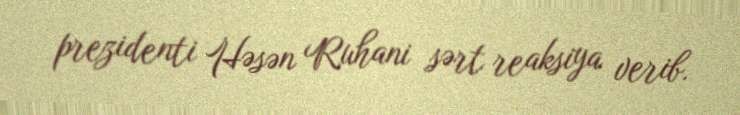
prezidenti Həsən Ruhani sərt reaksiya verib.